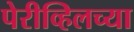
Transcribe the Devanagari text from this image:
पेरीव्हिलच्या